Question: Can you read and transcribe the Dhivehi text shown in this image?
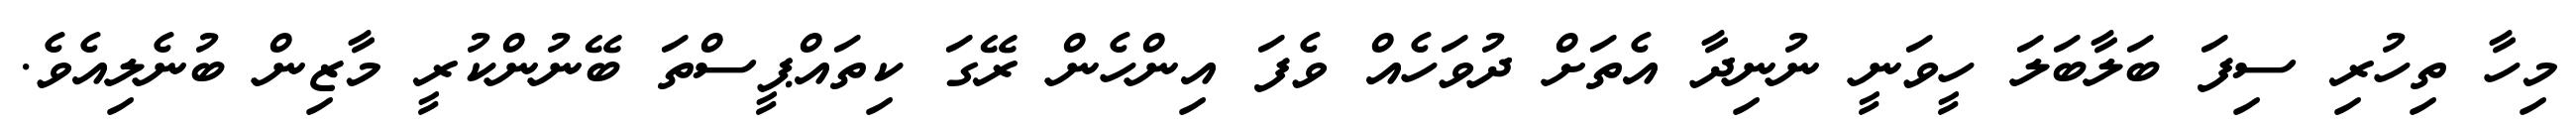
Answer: މިހާ ތިހުރި ސިފަ ބަލާބަލަ ހީވަނީ ނުނިދާ އެތަށް ދުވަހެއް ވެފަ އިންހެން ރޭގަ ކިތައްޕީސްތަ ބޭނުންކުރީ މާޒިން ބުނެލިއެވެ.